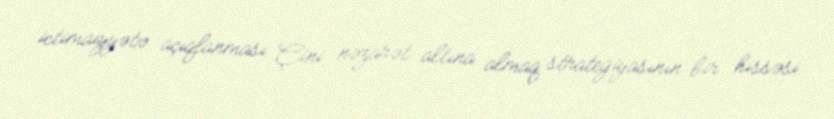
ictimaiyyətə açıqlanması Çini nəzarət altına almaq strategiyasının bir hissəsi